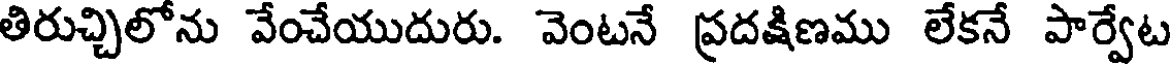
తిరుచ్చిలోను వేంచేయుదురు. వెంటనే ప్రదక్షిణము లేకనే పార్వేట